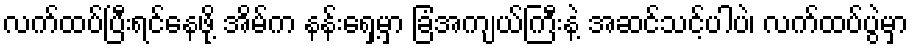
လက်ထပ်ပြီးရင်နေဖို့ အိမ်က နန်းရှေ့မှာ ခြံအကျယ်ကြီးနဲ့ အဆင်သင့်ပါပဲ၊ လက်ထပ်ပွဲမှာ